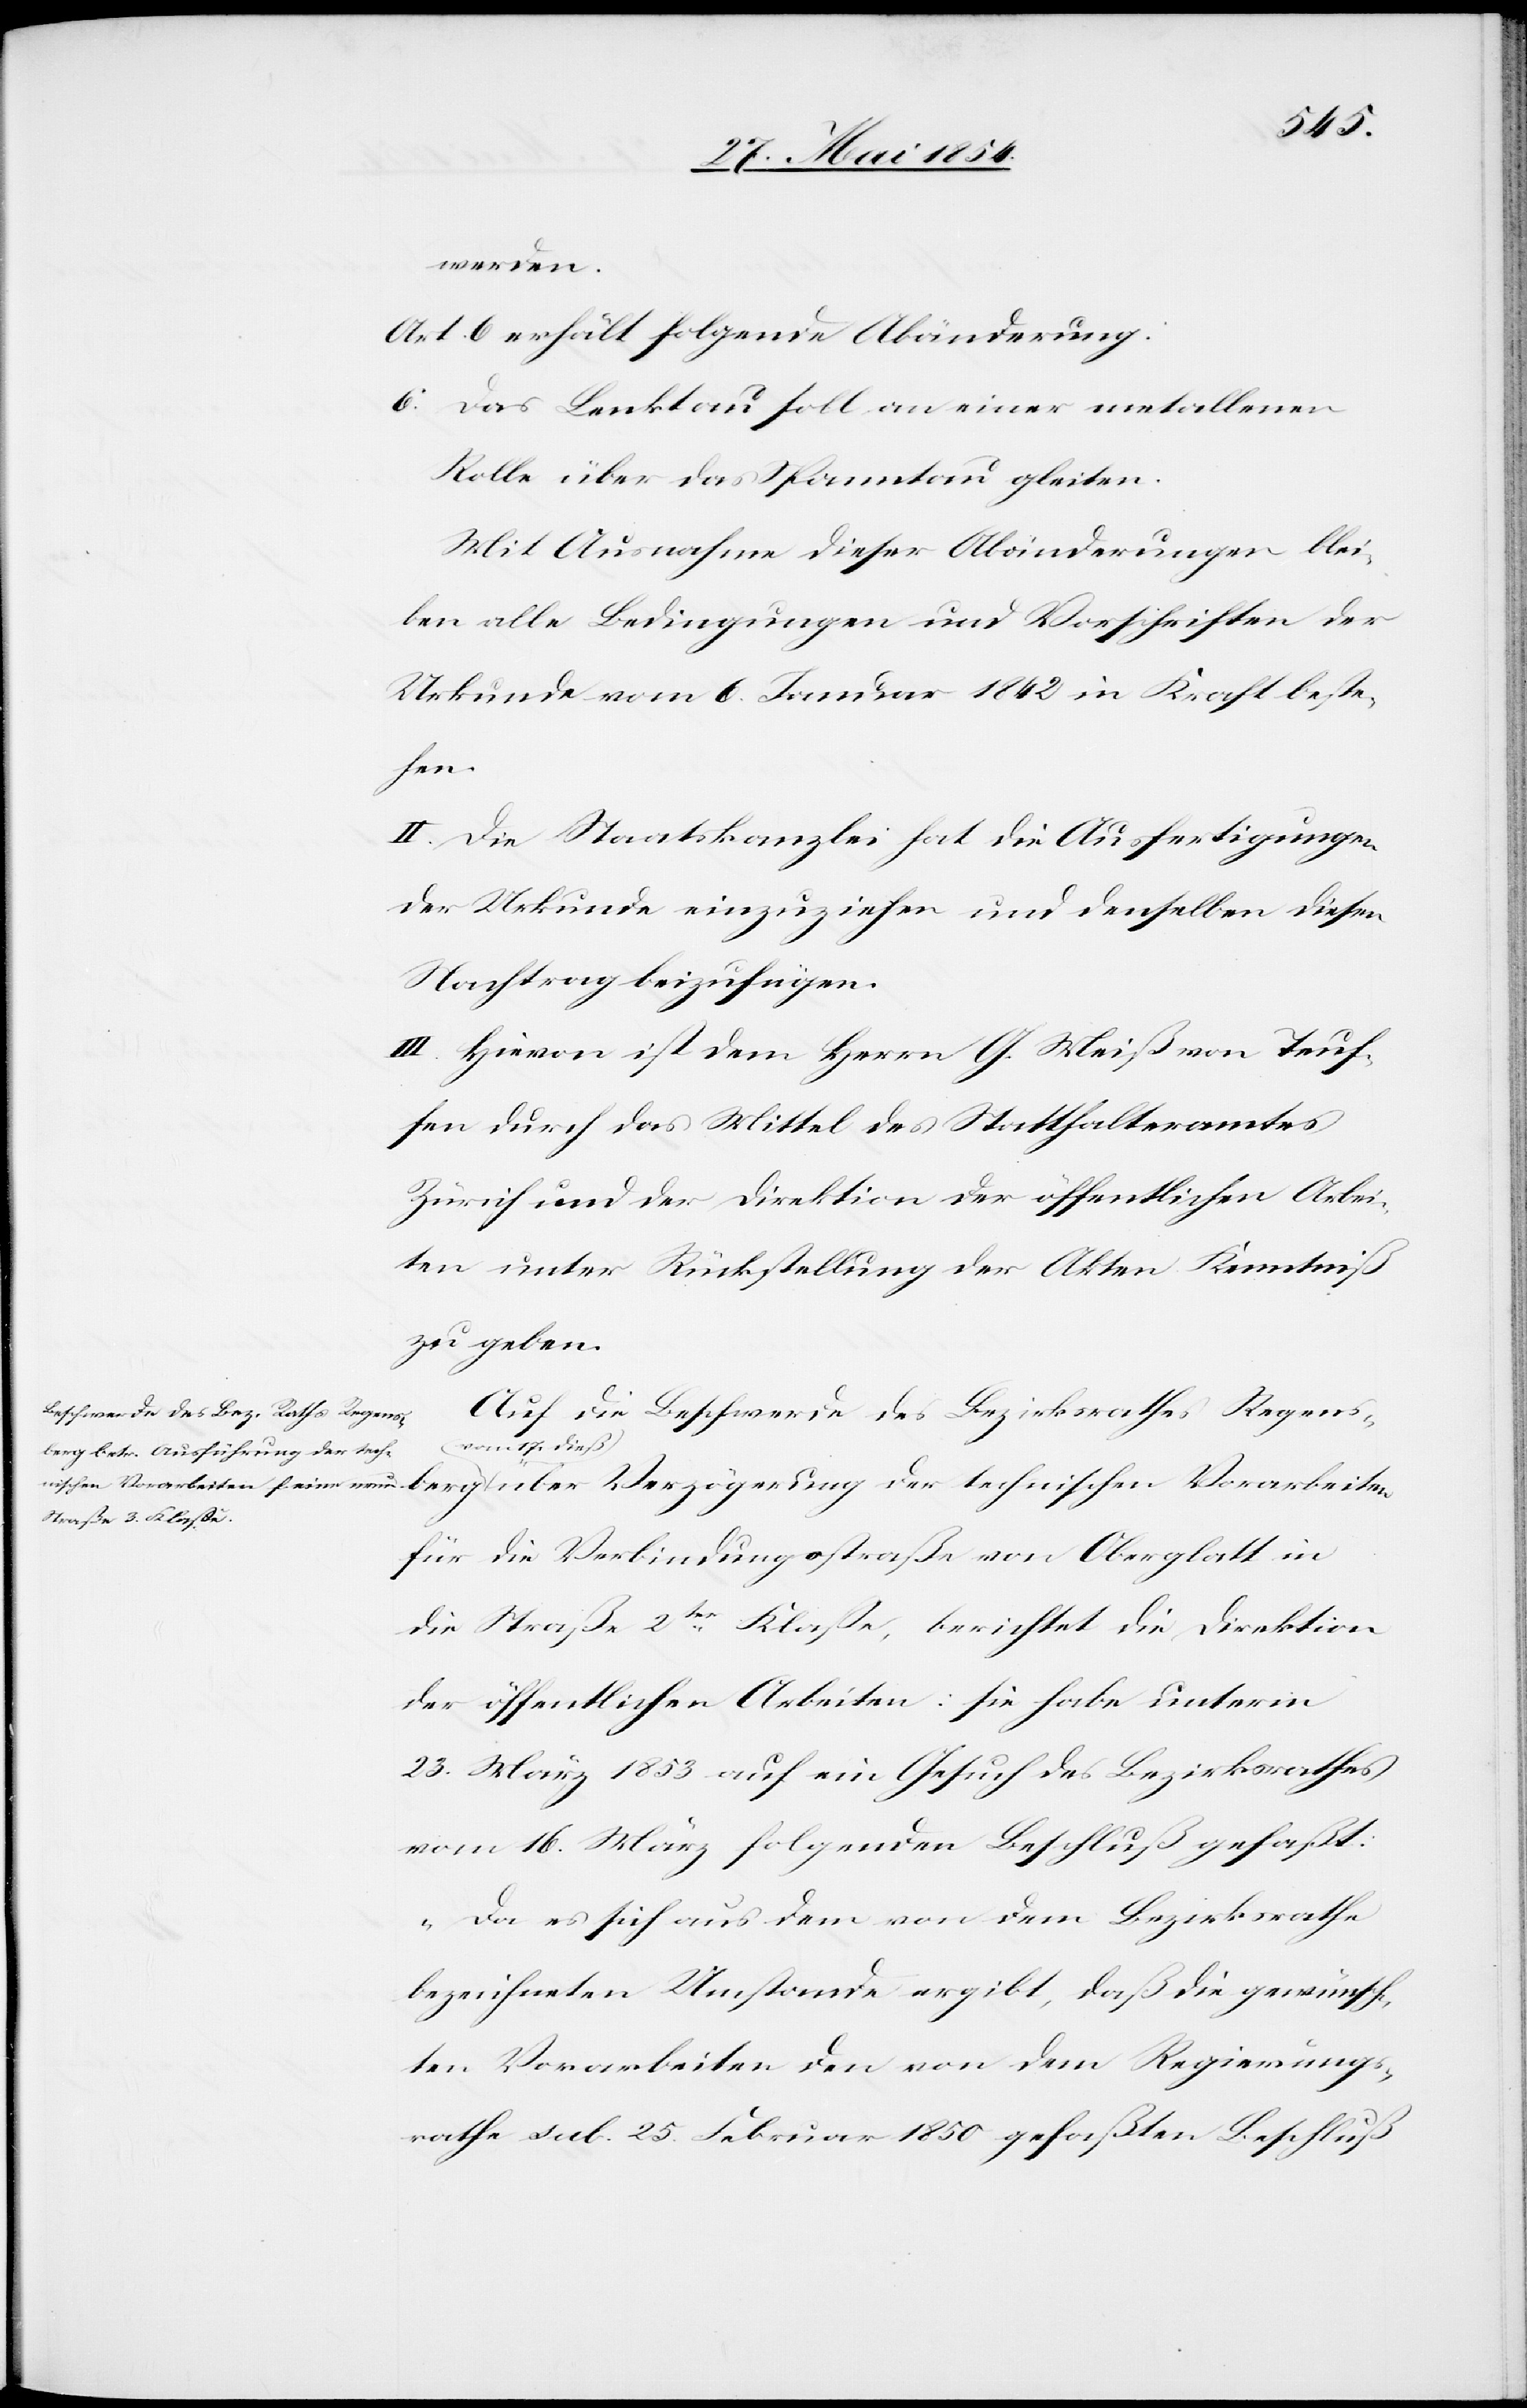
werden.
Art. 6 erhält folgende Abänderung:
6. Das Lenktau soll an einer metallenen
Rolle über das Spanntau gleiten.
Mit Ausnahme dieser Abänderungen blei¬
ben alle Bedingungen und Vorschriften der
Urkunde vom 6. Januar 1842 in Kraft beste¬
hend.
II. Die Staatskanzlei hat die Ausfertigungen
der Urkunde einzuziehen und denselben diesen
Nachtrag beizufügen.
III. Hievon ist dem Herrn G. Meiß von Teuf¬
fen durch das Mittel des Statthalteramtes
Zürich und der Direktion der öffentlichen Arbei¬
ten unter Rückstellung der Akten Kenntniß
zu geben.
Auf die Beschwerde des Bezirksrathes Regens¬
berg a-vom 17. dieß-a über Verzögerung der technischen Vorarbeiten
für die Verbindungsstraße von Oberglatt in
die Straße 2tr Klaße, berichtet die Direktion
der öffentlichen Arbeiten: sie habe unterm
23. März 1853 auf ein Gesuch des Bezirksrathes
vom 16. März folgenden Beschluß gefaßt:
„Da es sich aus dem von dem Bezirksrathe
bezeichneten Umstande ergibt, daß die gewünsch¬
ten Vorarbeiten den von dem Regierungs¬
rathe sub. 25. Februar 1850 gefaßten Beschluß